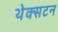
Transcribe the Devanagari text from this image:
थेक्सटन